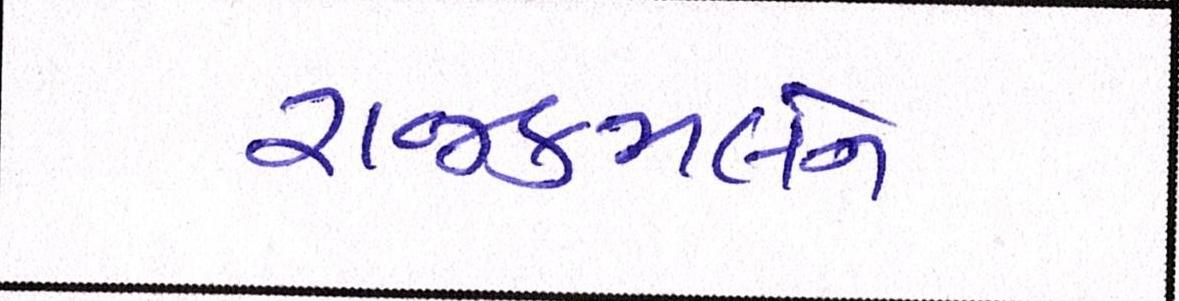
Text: રાજકમલને